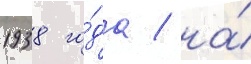
1938 го́да / на́